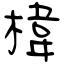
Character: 椲